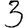
Digit: 3